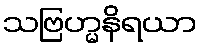
သဗြဟ္မနိရယာ